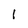
Character: 1